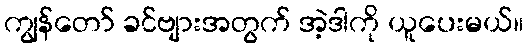
ကျွန်တော် ခင်ဗျားအတွက် အဲ့ဒါကို ယူပေးမယ်။